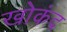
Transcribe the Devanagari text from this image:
खोकंद